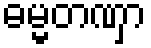
ဓမ္မတဏှာ